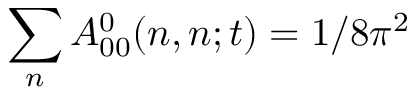
\sum _ { n } A _ { 0 0 } ^ { 0 } ( n , n ; t ) = 1 / 8 \pi ^ { 2 }